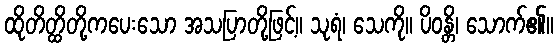
ထိုတိတ္ထိတို့ကပေးသော အသပြာတို့ဖြင့်။ သုရံ၊ သေကို။ ပိဝန္တိ၊ သောက်၏။